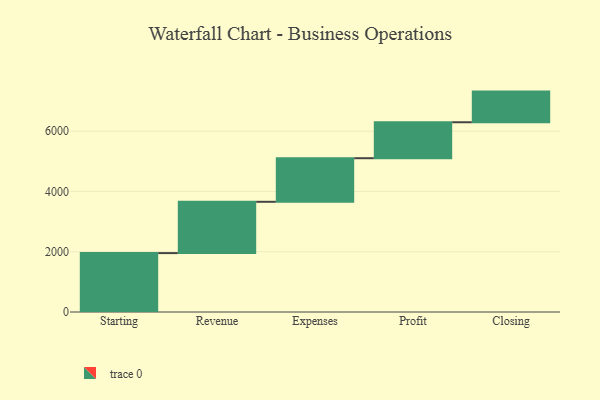
{"axis": {"x": "Step", "y": "Value"}, "legend": [""], "data": [{"x": "Starting", "y": 1954.0, "type": ""}, {"x": "Revenue", "y": 1702.0, "type": ""}, {"x": "Expenses", "y": 1446.0, "type": ""}, {"x": "Profit", "y": 1193.0, "type": ""}, {"x": "Closing", "y": 1017.0, "type": ""}]}